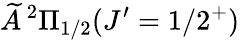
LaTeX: \widetilde{A}\, ^{2}\Pi_{1/2}(J^{\prime}=1/2^{+})